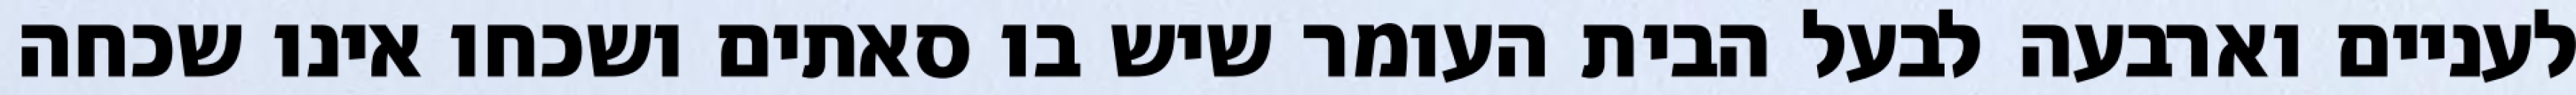
לעניים וארבעה לבעל הבית העומר שיש בו סאתים ושכחו אינו שכחה